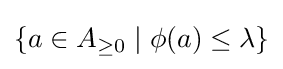
\{a\in A_{\geq 0}\mid \phi (a)\leq \lambda \}